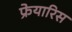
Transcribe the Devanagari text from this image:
फ्रेयारिस